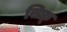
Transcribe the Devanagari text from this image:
सिफ्र्